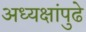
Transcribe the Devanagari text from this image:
अध्यक्षांपुढे